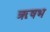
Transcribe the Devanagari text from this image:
ॠषभ